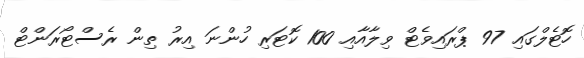
ހޮޓެލްގައި 97 ޕްރައިވެޓް ވިލާއާއި 100 ކޮޓަރި ހުންނަ އިރު ތިން ރެސްޓޯރަންޓް